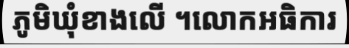
ភូមិឃុំខាងលើ ។លោកអធិការ